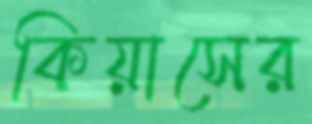
কিয়াসের